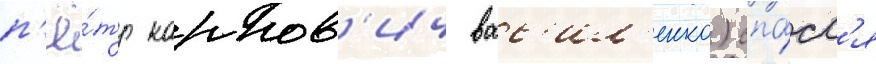
п'ё́тр карпов'ич вас'ил'енко) спа́сс'я